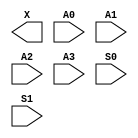
module sky130_fd_sc_hd__udp_mux_4to2 (
    X ,
    A0,
    A1,
    A2,
    A3,
    S0,
    S1
);

    output X ;
    input  A0;
    input  A1;
    input  A2;
    input  A3;
    input  S0;
    input  S1;
endmodule